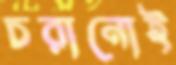
চরানোই